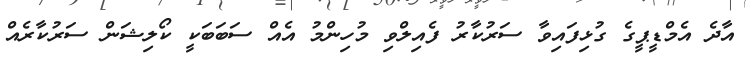
އާދެ އެމްޑީޕީގެ ގުޅިފައިވާ ސަރުކާރު ފެއިލްވި މުހިންމު އެއް ސަބަބަކީ ކޯލިޝަން ސަރުކާރެއް